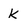
Character: K